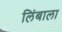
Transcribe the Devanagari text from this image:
लिंबाला